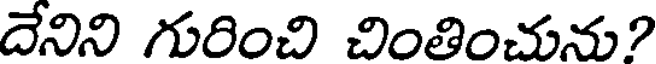
దేనిని గురించి చింతించును?